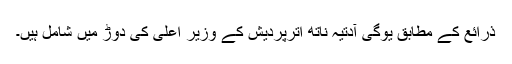
ذرائع کے مطابق یوگی آدتیہ ناتھ اترپردیش کے وزیر اعلی کی دوڑ میں شامل ہیں۔